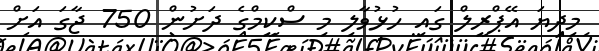
މިދިޔަ އޭޕްރީލް ގައި ހުޅުވާލި މި ސްކީމްގެ ދަށުން 750 ޖާގަ އަށް